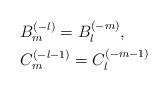
LaTeX: \begin{align*}& B_m^{(-l)}=B_{l}^{(-m)},\\& C_m^{(-l-1)}=C_{l}^{(-m-1)} \end{align*}